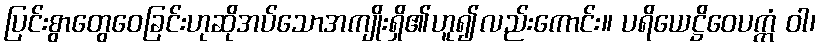
ပြင်းစွာတွေဝေခြင်းဟုဆိုအပ်သောအကျိုးရှိ၏ဟူ၍လည်းကောင်း။ ပရိယေဋ္ဌိဝေပက္ကံ ဝါ၊